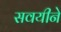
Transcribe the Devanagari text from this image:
सवयीने